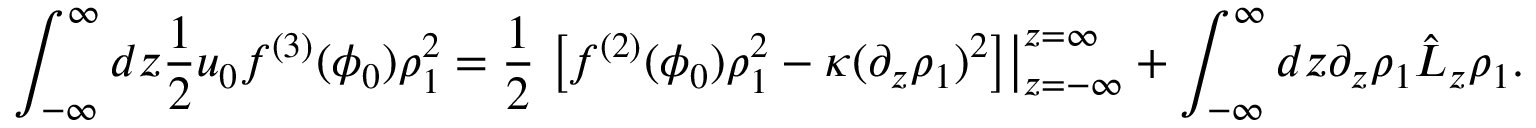
\int _ { - \infty } ^ { \infty } d z \frac { 1 } { 2 } u _ { 0 } f ^ { ( 3 ) } ( \phi _ { 0 } ) \rho _ { 1 } ^ { 2 } = \frac { 1 } { 2 } \left. \left[ f ^ { ( 2 ) } ( \phi _ { 0 } ) \rho _ { 1 } ^ { 2 } - \kappa ( \partial _ { z } \rho _ { 1 } ) ^ { 2 } \right] \right\vert _ { z = - \infty } ^ { z = \infty } + \int _ { - \infty } ^ { \infty } d z \partial _ { z } \rho _ { 1 } \hat { L } _ { z } \rho _ { 1 } .